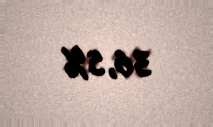
36,5%